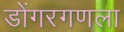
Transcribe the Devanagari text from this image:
डोंगरगणला